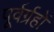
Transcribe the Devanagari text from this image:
पूर्वर्ग्रहों